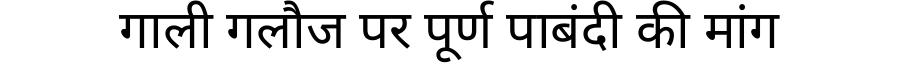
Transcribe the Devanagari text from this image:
गाली गलौज पर पूर्ण पाबंदी की मांग